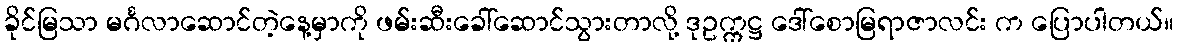
ခိုင်မြသာ မင်္ဂလာဆောင်တဲ့နေ့မှာကို ဖမ်းဆီးခေါ်ဆောင်သွားတာလို့ ဒုဥက္ကဋ္ဌ ဒေါ်စောမြရာဇာလင်း က ပြောပါတယ်။